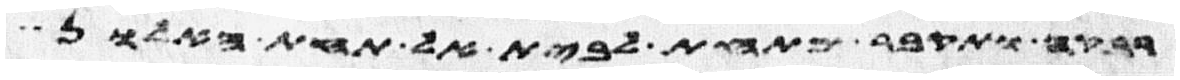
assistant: רבקה ותקבר מתחת לבית אל תחת האלון